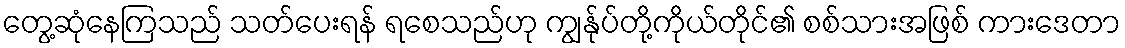
တွေ့ဆုံနေကြသည် သတ်ပေးရန် ရစေသည်ဟု ကျွန်ုပ်တို့ကိုယ်တိုင်၏ စစ်သားအဖြစ် ကားဒေတာ